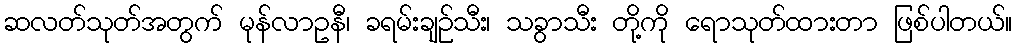
ဆလတ်သုတ်အတွက် မုန်လာဥနီ၊ ခရမ်းချဉ်သီး၊ သခွာသီး တို့ကို ရောသုတ်ထားတာ ဖြစ်ပါတယ်။